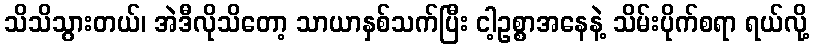
သိသိသွားတယ်၊ အဲဒီလိုသိတော့ သာယာနှစ်သက်ပြီး ငါ့ဥစ္စာအနေနဲ့ သိမ်းပိုက်စရာ ရယ်လို့